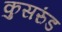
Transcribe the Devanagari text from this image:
कुसरुंड